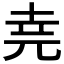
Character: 𫝔